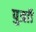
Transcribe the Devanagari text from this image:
पुत्राी